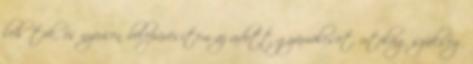
lehűtök, és nyersen belepürésítem az adott gyümölcsöt, utólag szükség